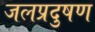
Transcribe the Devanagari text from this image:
जलप्रदुषण